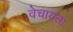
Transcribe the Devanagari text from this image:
वेचायला